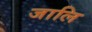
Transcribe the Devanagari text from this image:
जालि